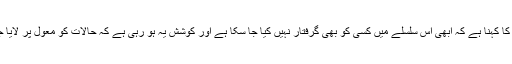
حکام کا کہنا ہے کہ ابھی اس سلسلے میں کسی کو بھی گرفتار نہیں کیا جا سکا ہے اور کوشش یہ ہو رہی ہے کہ حالات کو معول پر لایا جائے۔